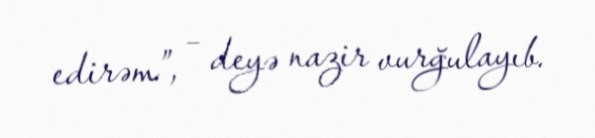
edirəm”, – deyə nazir vurğulayıb.